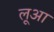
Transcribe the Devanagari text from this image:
लूआ